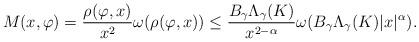
LaTeX: \begin{align*}M(x,\varphi)= \frac{\rho(\varphi,x)}{x^2} \omega(\rho(\varphi,x))\le \frac{ B_\gamma \Lambda_\gamma(K)}{x^{2-\alpha}}\omega(B_\gamma \Lambda_\gamma(K) |x|^\alpha).\end{align*}